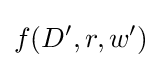
f(D^{\prime },r,w^{\prime })